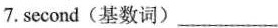
7.second(基数词)___